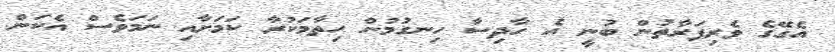
އެގޭގެ ވެރިފަރާތުން ބުނީ އެ ހާދިސާ ހިނގުމުން ހިތާމަކުރާ ކަމަށާއި ނަމަވެސް އެކަން